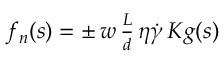
\begin{array} { r } { f _ { n } ( s ) = \pm \, w \, \frac { L } { d } \, \eta \dot { \gamma } \, K g ( s ) \ } \end{array}